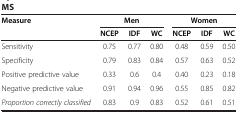
| <ROWSPAN=2> Measure | <COLSPAN=3> Men | <COLSPAN=3> Women |
 | NCEP | IDF | WC | NCEP | IDF | WC |
 | --- | --- | --- | --- | --- | --- | --- |
 | Sensitivity | 0.75 | 0.77 | 0.80 | 0.48 | 0.59 | 0.50 |
 | Specificity | 0.79 | 0.83 | 0.84 | 0.57 | 0.63 | 0.52 |
 | Positive predictive value | 0.33 | 0.6 | 0.4 | 0.40 | 0.23 | 0.18 |
 | Negative predictive value | 0.91 | 0.94 | 0.96 | 0.55 | 0.85 | 0.82 |
 | Proportion correctly classified | 0.83 | 0.9 | 0.83 | 0.52 | 0.61 | 0.51 |